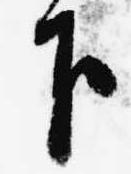
下